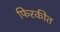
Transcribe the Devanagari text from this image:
फिरकीत